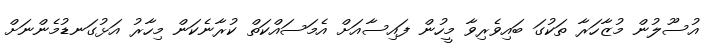
އުސޫލުން މުޒާހަރާ ތަކުގަ ބައިވެރިވާ މީހުން ފައިސާއަށް އެމަސައްކަތް ކުރާނެކަން މިހާރު އަޅުގަނޑުމެންނަށް